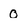
Character: O